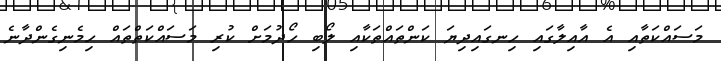
މަސައްކަތާއި އެ އާއިލާގައި ހިނގައިދިޔަ ކަންތައްތަކާއި ލޯބި ހޯދުމަށް ކުރި މަސައްކަތްތައް ހިމެނިގެންދާނެ